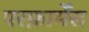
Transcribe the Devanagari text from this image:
परफ़ार्मेंस